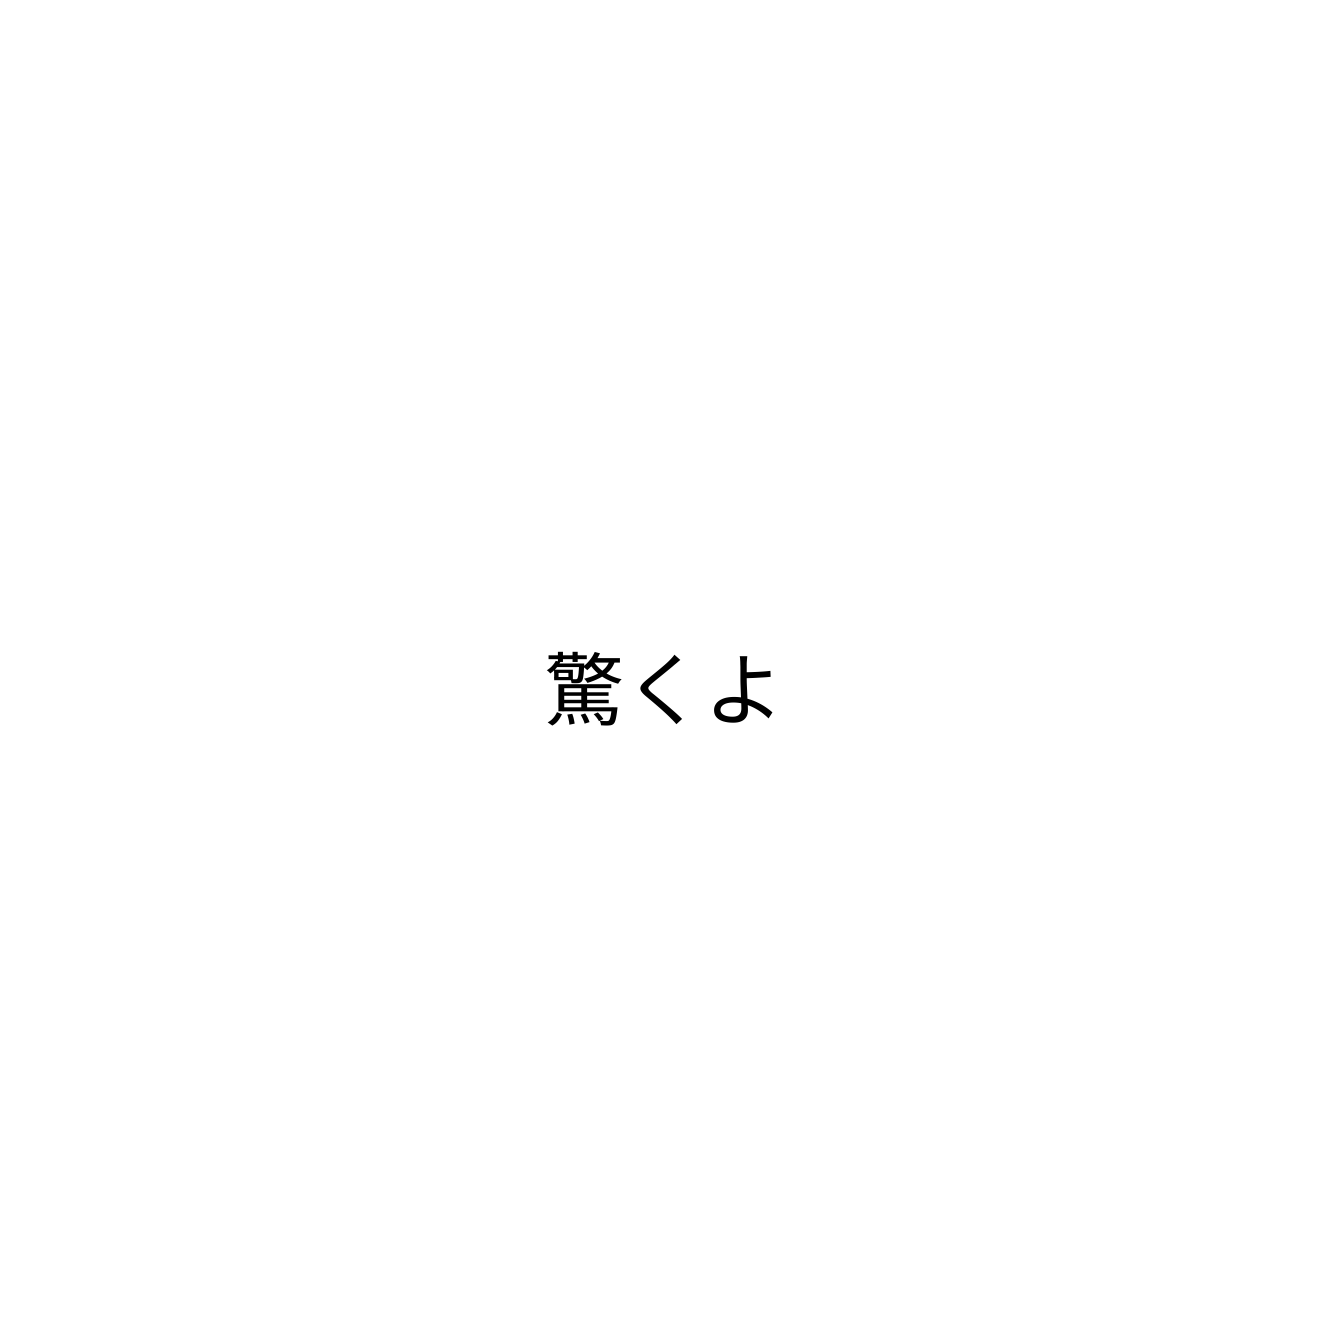
驚くよ